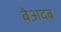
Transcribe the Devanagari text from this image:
बेअदब